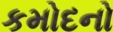
કમોદનો